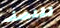
للنصف